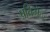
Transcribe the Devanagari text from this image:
प्रतिभेदः